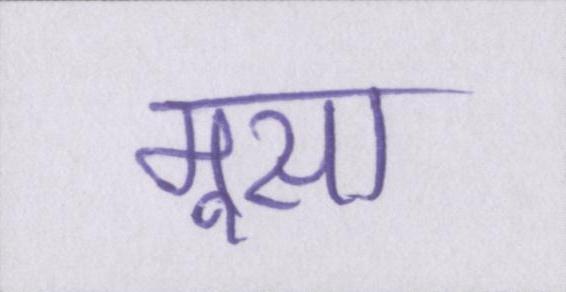
मूसा